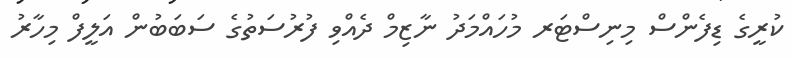
ކުރީގެ ޑިފެންސް މިނިސްޓަރ މުހައްމަދު ނާޒިމް ދެއްވި ފުރުސަތުގެ ސަބަބުން އަލީފް މިހާރު